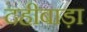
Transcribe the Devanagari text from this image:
दहीबाड़ा